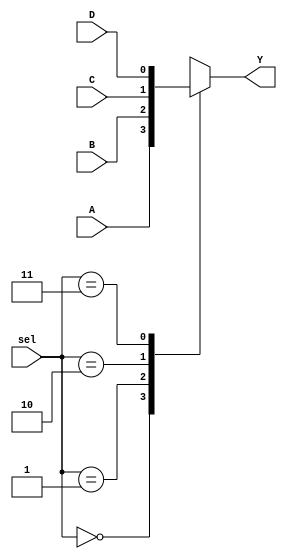
// 4-1 mux using case
module mux4to1_case 

(
	input [1:0] sel,	// 2-bit control signal
	input A, B, C, D,
	output reg Y			// target of assignment
);
	always @(sel or A or B or C or D)
	begin
		case(sel)
			2'b00	: Y = A;
			2'b01	: Y = B;
			2'b10	: Y = C;
			2'b11	: Y = D;
			
		endcase
	end
endmodule

module tester();
reg [1:0] sel;
reg A, B, C, D;
reg [4:0] k;
wire Y;

mux4to1_case  m1(sel, A, B, C, D, Y);

initial begin //start the tester
$display("Time sel A B C D Y"); //header for the output
$monitor ("%4d             %b",  $time, Y);

for(k = 0; k <= 15; k = k+1) begin

	#1 A = k[3]; B = k[2]; C = k[1]; D = k[0]; sel[0] = k[0]; sel[1] = k[1]; $display("%4d %b  %b %b %b %b", $time, sel, A, B, C, D);
	

end
#10 $finish; //stops simulation
end
endmodule